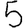
Digit: 5